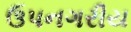
ઉપનગરીય